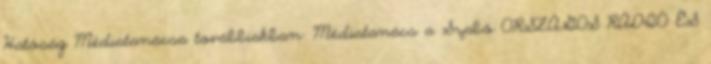
Hatóság Médiatanácsa továbbiakban: Médiatanács a Szabó ORSZÁGOS RÁDIÓ ÉS